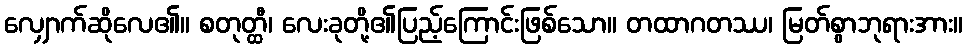
လျှောက်ဆိုလေ၏။ စတုတ္ထီ၊ လေးခုတို့၏ပြည့်ကြောင်းဖြစ်သော။ တထာဂတဿ၊ မြတ်စွာဘုရားအား။